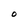
Character: O